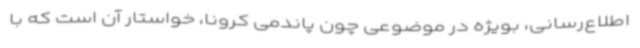
اطلاع‌رسانی، بویژه در موضوعی چون پاندمی کرونا، خواستار آن است که با